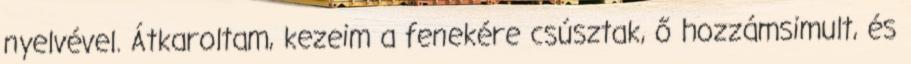
nyelvével. Átkaroltam, kezeim a fenekére csúsztak, ő hozzámsimult, és